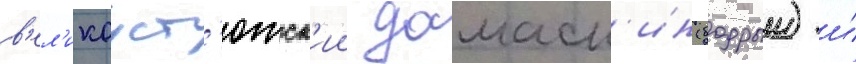
в'ел'икоуст'южск'ии дамаск'ин (бодрыи) и́